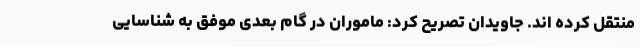
منتقل کرده اند. جاویدان تصریح کرد: ماموران در گام بعدی موفق به شناسایی